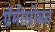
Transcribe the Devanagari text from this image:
ग्रॅमीसोबत